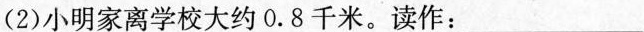
(2) 小明家离学校大约0.8千米。读作:___